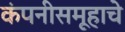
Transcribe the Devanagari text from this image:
कंपनीसमूहाचे